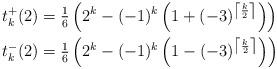
LaTeX: \begin{align*}t^+_{k}(2) &= \tfrac{1}{6} \left( 2^k - (-1)^{k}\left(1+ (-3)^{\left\lceil \frac{k}{2} \right\rceil }\right)\right)\\t^-_{k}(2) &= \tfrac{1}{6} \left( 2^k - (-1)^{k}\left(1- (-3)^{\left\lceil \frac{k}{2} \right\rceil }\right)\right)\end{align*}